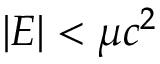
| E | < \mu c ^ { 2 }